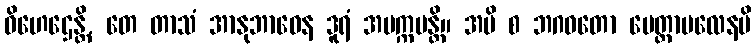
ဝိဟေဌေန္တိ, တေ တာသံ အာနုဘာဝေန ဒူရံ အပက္ကမန္တိ။ အပိ စ ဘဂဝတော မေတ္တာဗလေနပိ